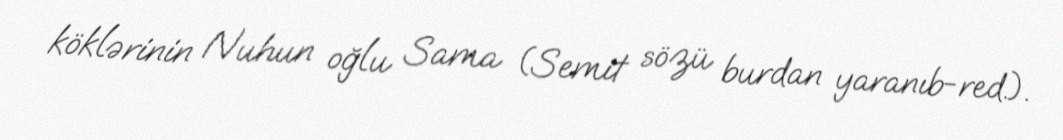
köklərinin Nuhun oğlu Sama (Semit sözü burdan yaranıb-red.).